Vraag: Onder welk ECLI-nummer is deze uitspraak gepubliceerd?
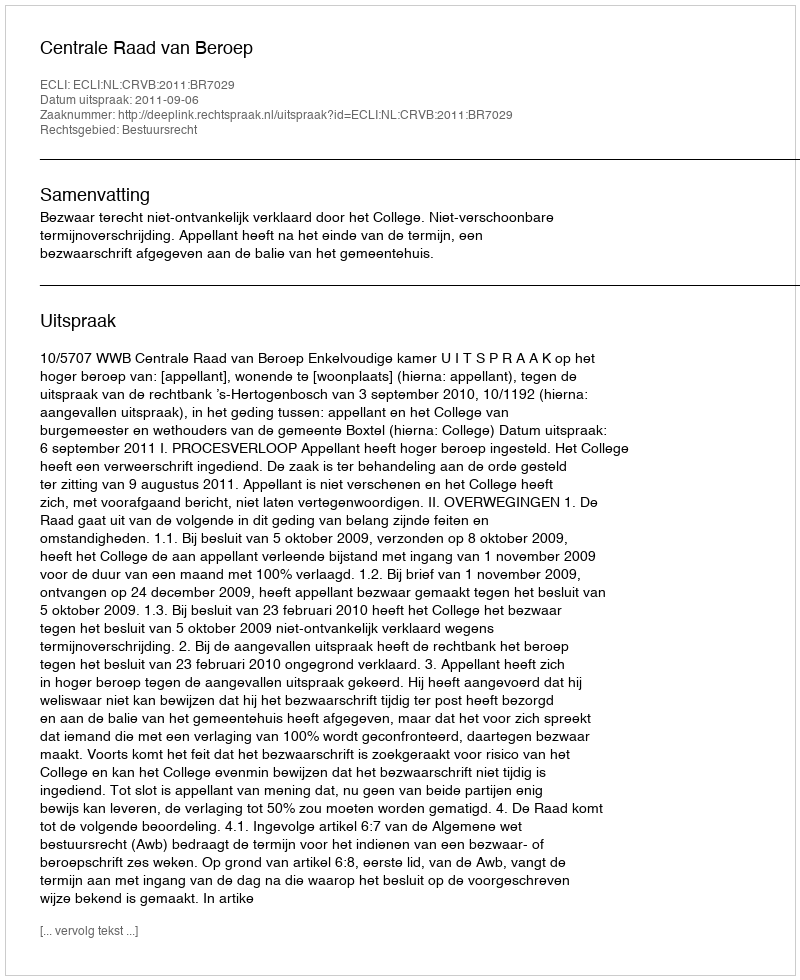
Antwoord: ECLI:NL:CRVB:2011:BR7029